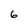
Character: 6